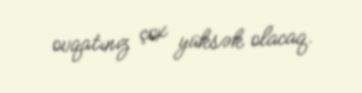
ovqatınız çox yüksək olacaq.